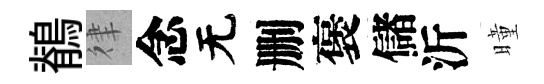
鶺律念无删褒儲沂曈